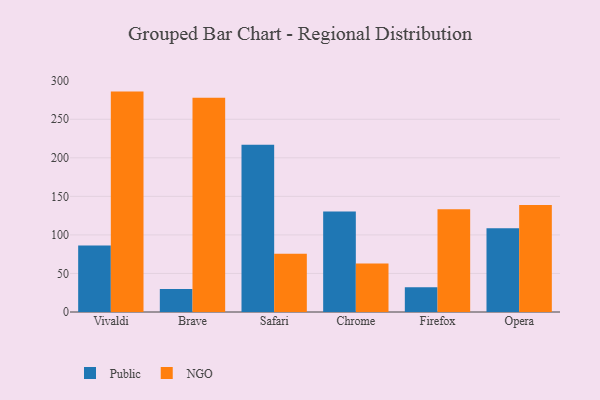
{"axis": {"x": "Browser", "y": "Production Output"}, "legend": ["NGO", "Public"], "data": [{"x": "Vivaldi", "y": 86.2, "type": "Public"}, {"x": "Vivaldi", "y": 285.9, "type": "NGO"}, {"x": "Brave", "y": 29.9, "type": "Public"}, {"x": "Brave", "y": 277.9, "type": "NGO"}, {"x": "Safari", "y": 216.9, "type": "Public"}, {"x": "Safari", "y": 75.4, "type": "NGO"}, {"x": "Chrome", "y": 130.3, "type": "Public"}, {"x": "Chrome", "y": 62.9, "type": "NGO"}, {"x": "Firefox", "y": 32.2, "type": "Public"}, {"x": "Firefox", "y": 133.4, "type": "NGO"}, {"x": "Opera", "y": 108.5, "type": "Public"}, {"x": "Opera", "y": 138.8, "type": "NGO"}]}